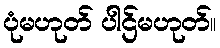
ပုံမဟုတ် ပါဌ်မဟုတ်။